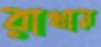
রাখায়